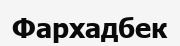
Фархадбек